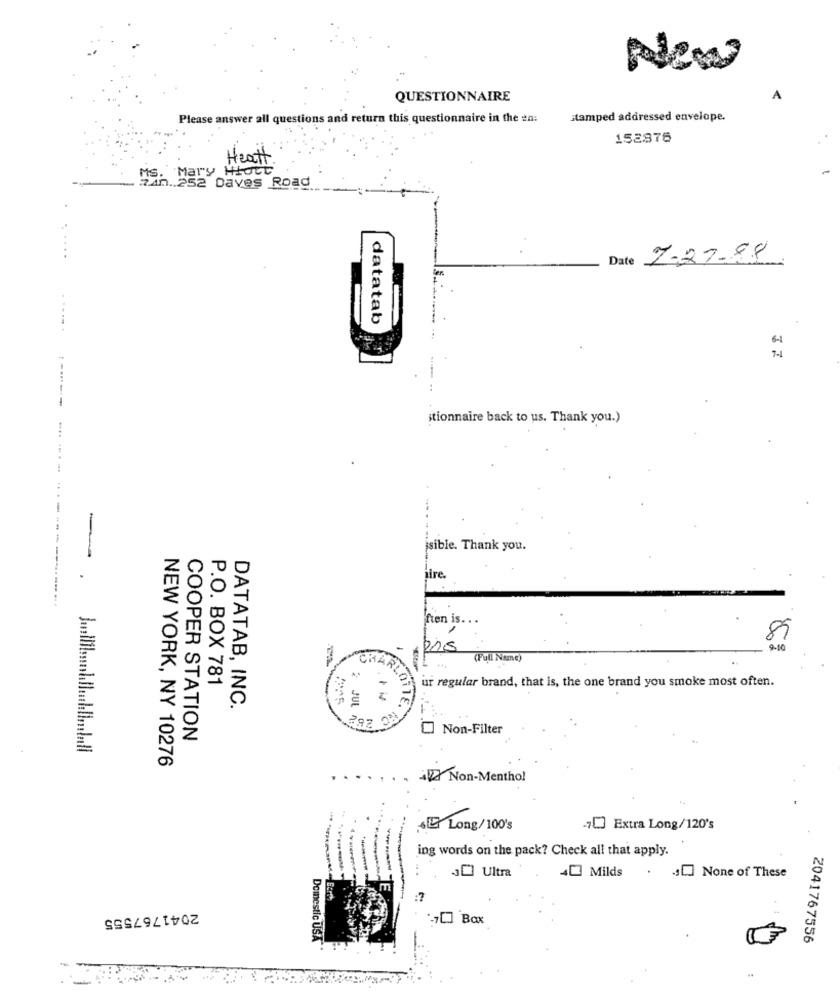
New
QUESTIONNAIRE
Please answer all questions and return this questionnaire in the en:
stamped addressed envelope.
152876
Mary Hort
Heatt
2.40 .. 252 Daves Road
MS .
Date 7-27-88
datatab
-...
------
stionnaire back to us. Thank you.)
...
-
sible. Thank you.
jire.
ften is .. .
89
9-10
(Full Name)
CHART
ur regular brand, that is, the one brand you smoke most often.
P.O. BOX 781
DATATAB, INC.
JUL
Non-Filter
COOPER STATION
NEW YORK, NY 10276
..
AZ Non-Menthol
+ Long/100's
-70 Extra Long/120's
ing words on the pack? Check all that apply.
40 Milds
30] Ultra
.J. None of These
2041767555
"] Bax
Domestic USA
2041767556